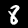
Digit: 8